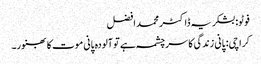
فوٹو: بشکریہ ڈاکٹر محمد افضل
کراچی: پانی زندگی کا سرچشمہ ہے تو آلودہ پانی موت کا بھنور۔